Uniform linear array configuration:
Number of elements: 24
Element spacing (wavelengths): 1
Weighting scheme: binomial
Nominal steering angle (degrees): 45
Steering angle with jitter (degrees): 43.735
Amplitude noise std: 0.05
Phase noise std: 0.05

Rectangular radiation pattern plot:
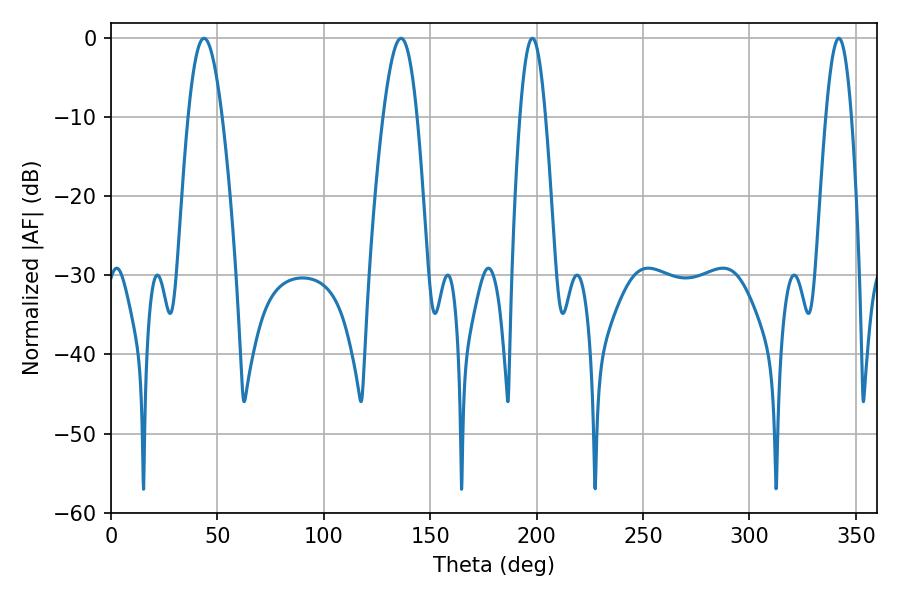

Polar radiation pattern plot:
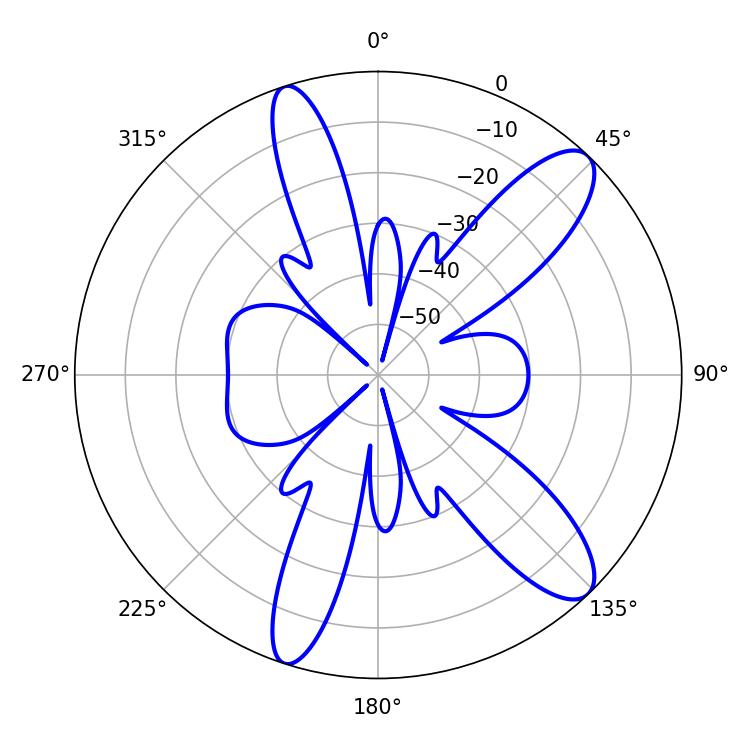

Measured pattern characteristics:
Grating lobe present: TRUE
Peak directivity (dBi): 11.258
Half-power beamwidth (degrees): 6.48
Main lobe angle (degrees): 198